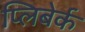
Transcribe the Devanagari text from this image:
प्लिबेर्क